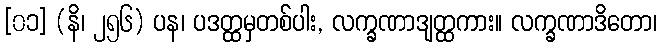
[၀၁] (နိ၊ ၂၅၆) ပန၊ ပဒတ္ထမှတစ်ပါး, လက္ခဏာဒျတ္ထကား။ လက္ခဏာဒိတော၊